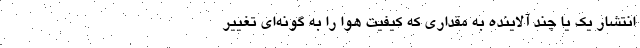
انتشار یک یا چند آلاینده به مقداری که کیفیت هوا را به گونه‌ای تغییر